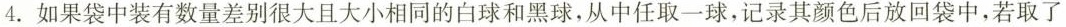
4. 如果袋中装有数量差别很大且大小相同的白球和黑球，从中任取一球，记录其颜色后放回袋中，若取了